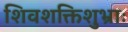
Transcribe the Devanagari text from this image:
शिवशक्तिशुभ्राः